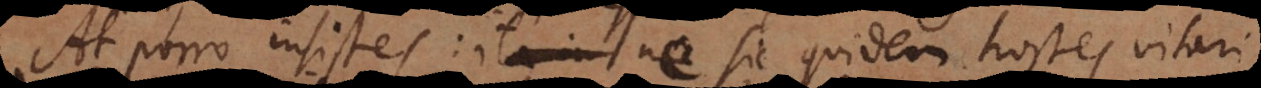
At porro insistes: ita in nec sic inimicitias excitari